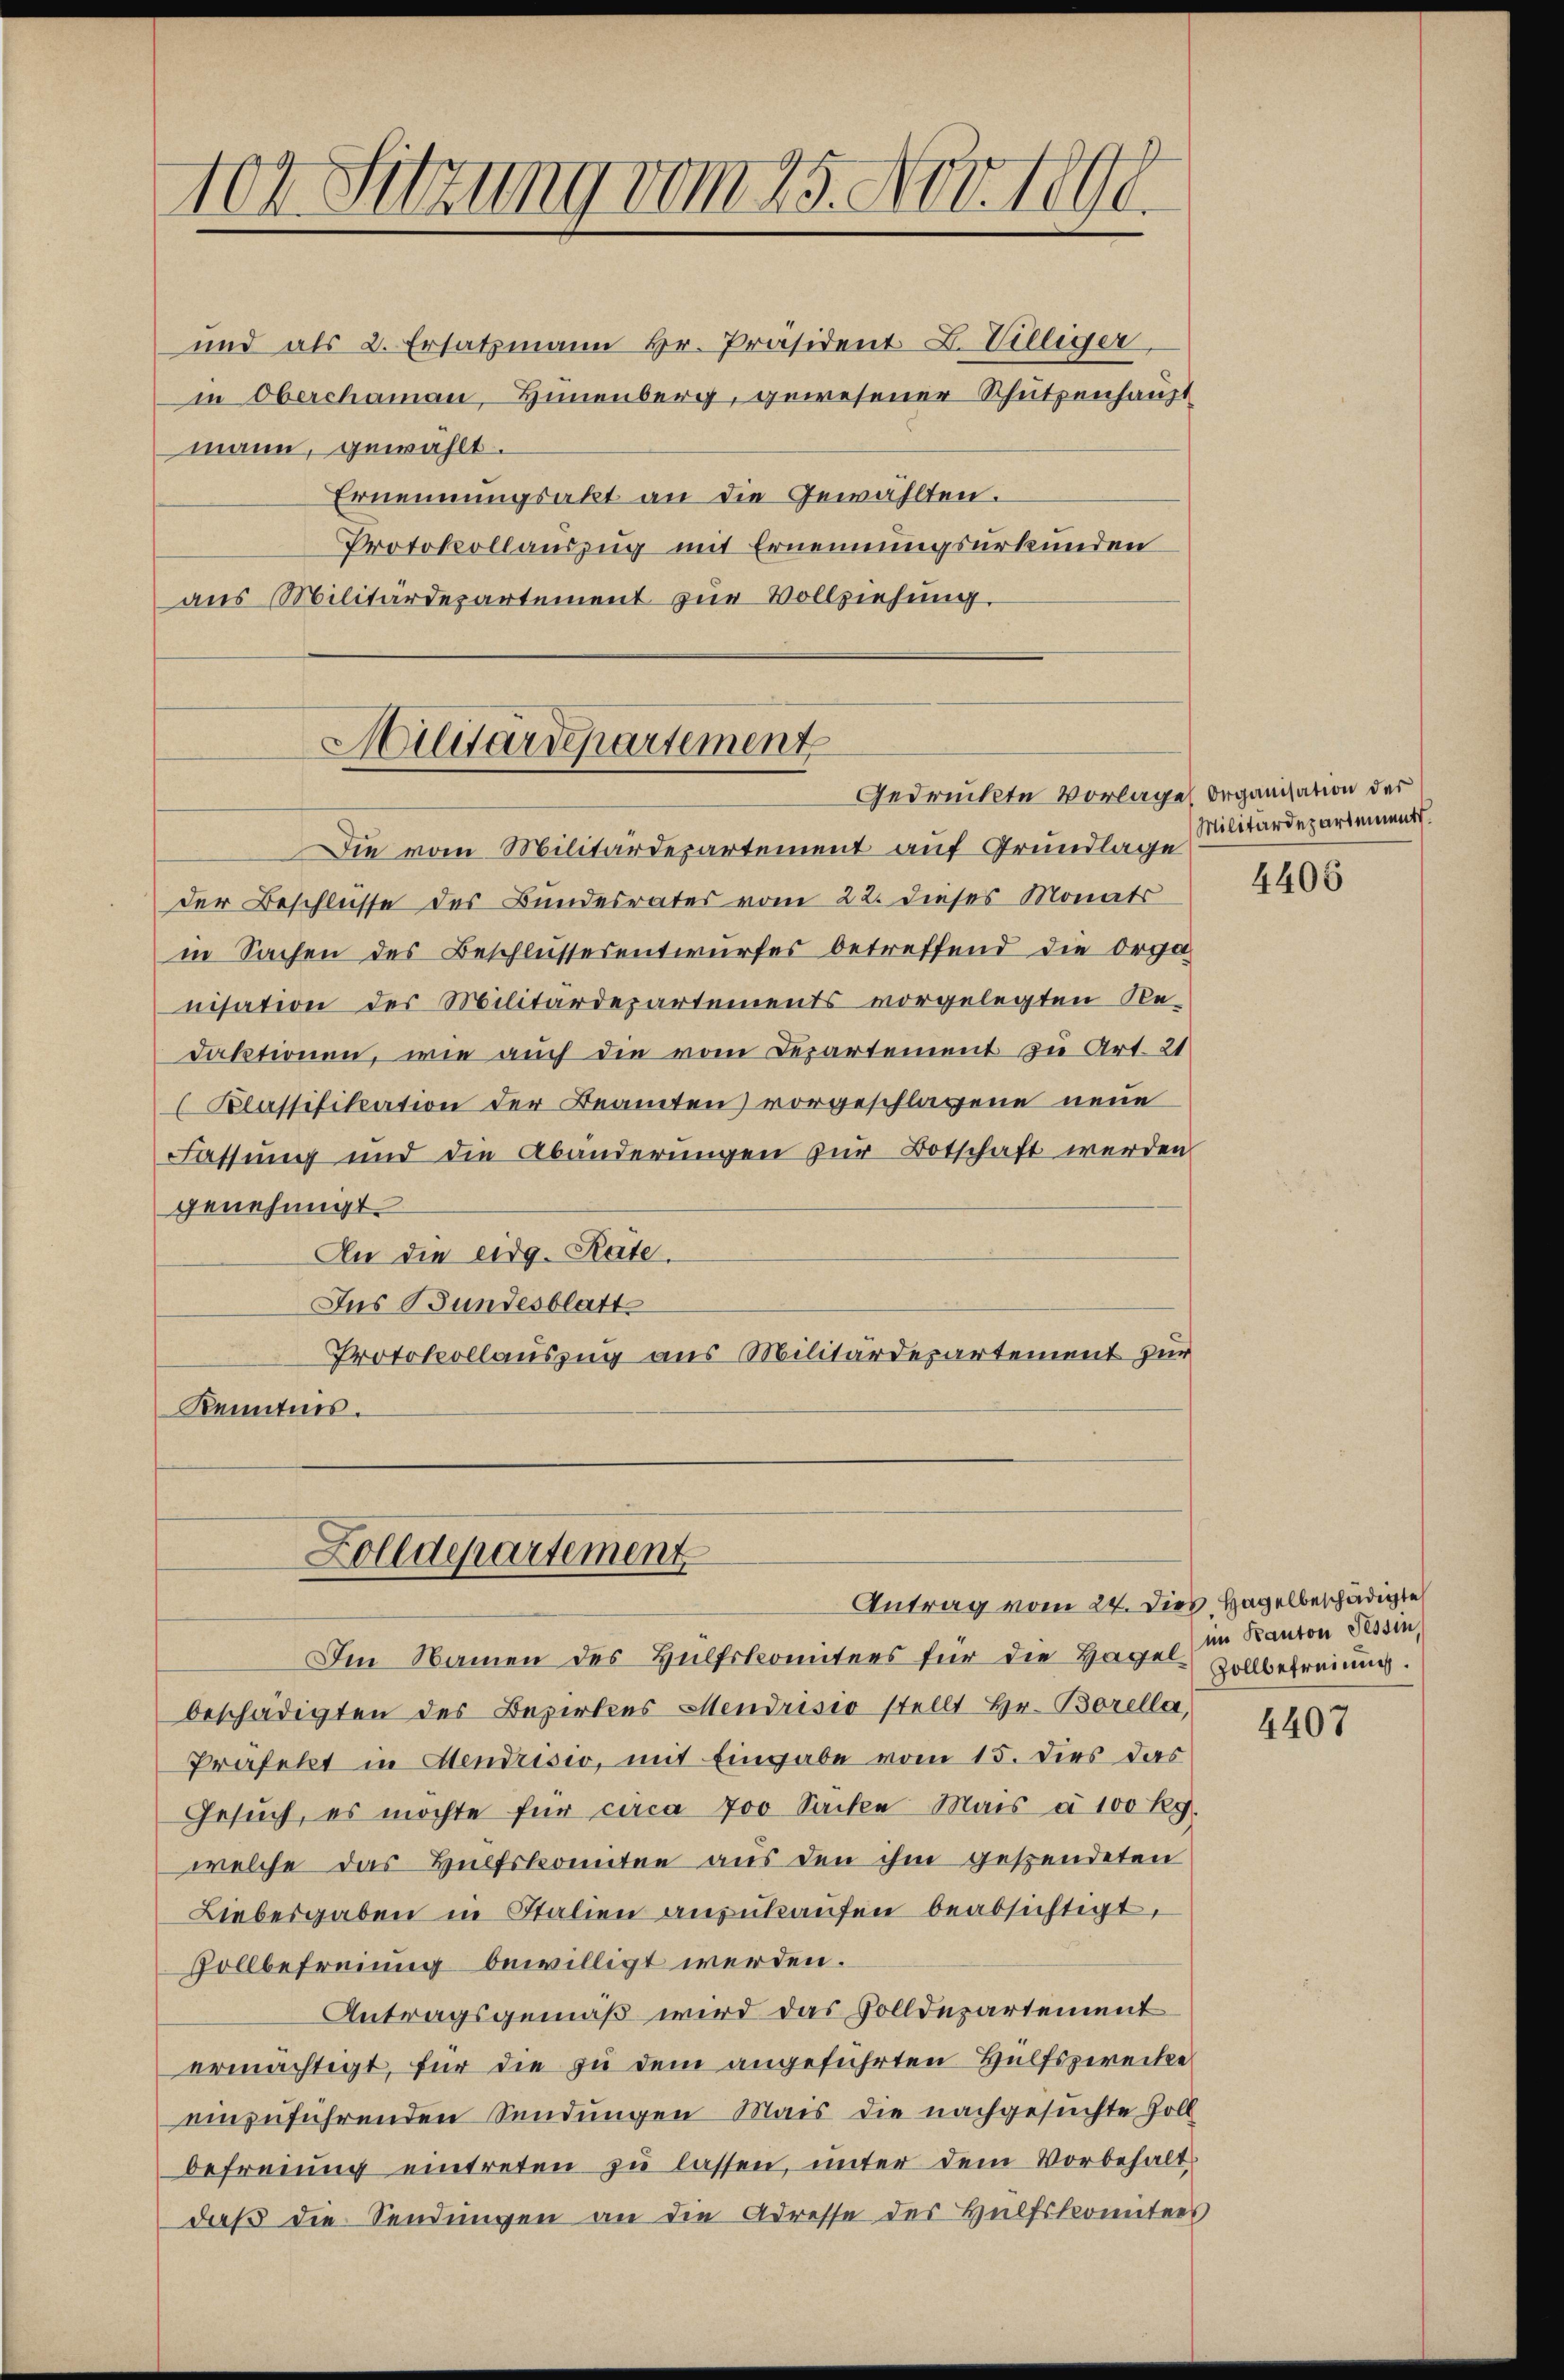
102. Sitzung vom 25. Nov. 1890.

und als 2. Ersatzmann Hr. Präsident L. Villiger
in Oberchaman, Hünenberg, gewesener Schützenhaupt
mann, gewählt.
Ernennungsakt an die Gewählten.
Protokollauszug mit Ernennungsurkunden
aus Militärdepartement zŭr Vollziehung.

Hilitärdepartement
Gedrückte Vorlage Organisation der

Die vom Militärdepartement auf Grundlage
der Beschlüsse des Bundesrates vom 22. dieses Monats
in Sachen des Beschlussesentwurfes betreffend die Orga
nisation des Militärdepartements vorgelegten Redaktionen, wie auch die vom Departement zu Art. 21
Klassifikation der Beamten vorgeschlagene neue
Fassung und die Abänderungen zur Botschaft werden
genehmigt.
An die eidg. Rate.
Ins Bundesblatt
Protokollauszug aus Militärdepartement zur
Kenntnis.

Zolldepartement
Antrag vom 24. Dies Hagelbeschädigte

Im Namen des Hülfskomitees für die Hagel vollbefreiung.
beschädigten des Bezirkes Mendrisio stellt Hr. Borella,
Präfekt in Mendrisio, mit Eingabe vom 15. Dies das
Gesuch, es möchte für circa 700 Sache Mais à 100 Rg.
welche das Hülfskomitee aus den ihm gespendeten
Liebesgaben in Italien anzukaufen beabsichtigt,
Vollbefreiung bewilligt werden.
Antragsgemäß wird das Volldepartement
ermächtigt, für die zu dem angeführten Hülfszwecke
einzuführenden Sendungen Mais die nachgesuchte Zoll
befreiung eintreten zŭ lassen, unter dem Vorbehalt
daß die Sendungen an die Adresse des Hülfskomitees

Militärdepartement.

4406

im Kanton Tessin,

4407